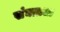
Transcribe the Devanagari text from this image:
संघातला